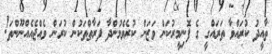
ތާއީދު ކުރައްވާ ތަރައްގީ ގެ ފޮނިމީރުކަން ވަޒަން ކުރެވެމުންދާ ފަރާތްތަކުން ކުރަން ވެއްޖެއެއްނޫންތަ!